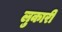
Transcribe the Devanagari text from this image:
लुकारी